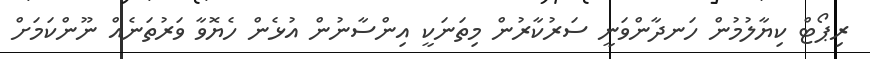
ރިޕޯޓް ކިޔާލުމުން ހަނދާންވަނީ ސަރުކާރުން މިތަނަކީ އިންސާނުން އުޅެން ހެޔޮވާ ވަރުތަނެއް ނޫންކަމަށް